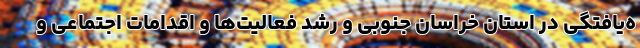
ه‌یافتگی در استان خراسان جنوبی و رشد فعالیت‌ها و اقدامات اجتماعی و